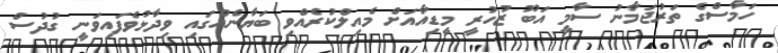
ހަމާސްގެ ތަރުޖަމާނު ސާމީ އަބޫ ޒުހުރީ މީޑިއާއަށް މެއިލްކުރެއްވި ބަޔާނެއްގައި ވިދާޅުވެފައިވަނީ ގުދުސް